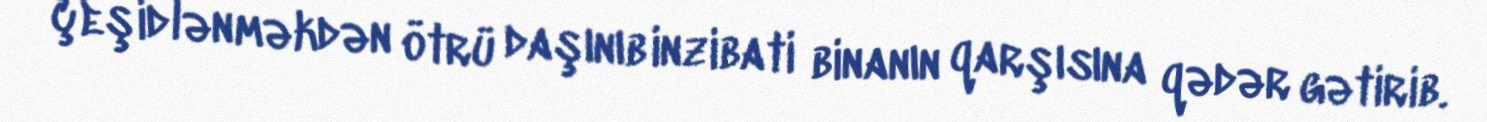
çeşidlənməkdən ötrü daşınıb inzibati binanın qarşısına qədər gətirib.